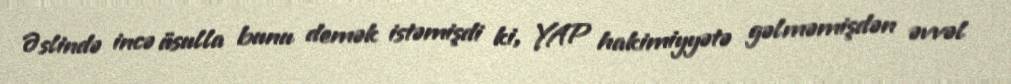
Əslində incə üsulla bunu demək istəmişdi ki, YAP hakimiyyətə gəlməmişdən əvvəl